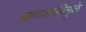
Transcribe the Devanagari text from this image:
प्राणशक्तीमुळे